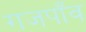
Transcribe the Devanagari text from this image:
गजपाँव